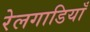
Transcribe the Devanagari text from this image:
रेलगाडियाँ